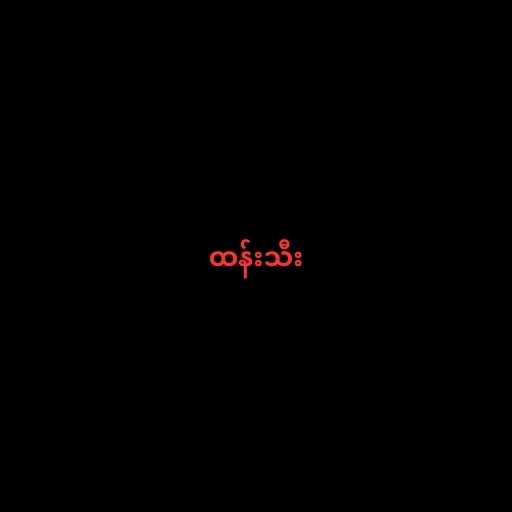
ထန်းသီး